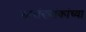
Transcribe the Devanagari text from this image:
बहुसंख्यांकांच्या